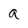
Character: R